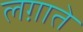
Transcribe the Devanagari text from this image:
लग़ाते